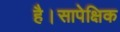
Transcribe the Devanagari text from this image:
है।सापेक्षिक